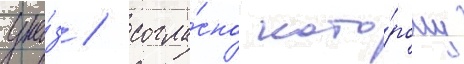
ука́з / согла́сно кото́рому